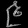
Digit: ၉